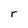
Character: r